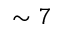
\sim 7